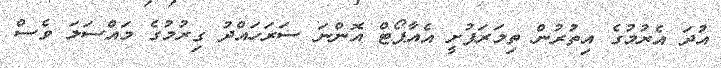
އުދަ އެރުމުގެ އިތުރުން ތިމަރަފުށީ އެއާޕޯޓް އޮންނަ ސަރަހައްދު ގިރުމުގެ މައްސަލަ ވެސް